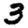
Digit: 3